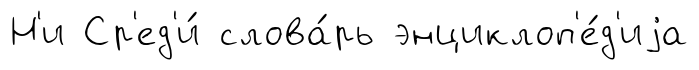
Н'и Ср'ед'и́ слова́рь энциклоп'е́д'иjа